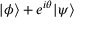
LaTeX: | \phi \rangle + e ^ { i \theta } | \psi \rangle